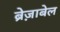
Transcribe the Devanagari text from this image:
ब्रेज़ाबेल